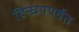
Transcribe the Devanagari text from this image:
विन्धयपर्वत